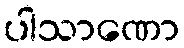
ပါသာဏော